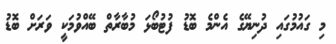
މި ގައުމުގައި ދުނިޔޭގެ އެންމެ ބޮޑު ފުޓުބޯޅަ މުބާރާތް ބޭއްވުމަކީ ވަރަށް ބޮޑު